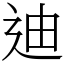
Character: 迪